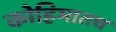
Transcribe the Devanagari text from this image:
कोहिमातच